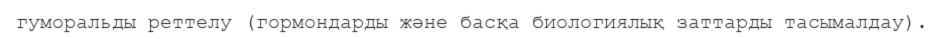
гуморальды реттелу (гормондарды және басқа биологиялық заттарды тасымалдау).